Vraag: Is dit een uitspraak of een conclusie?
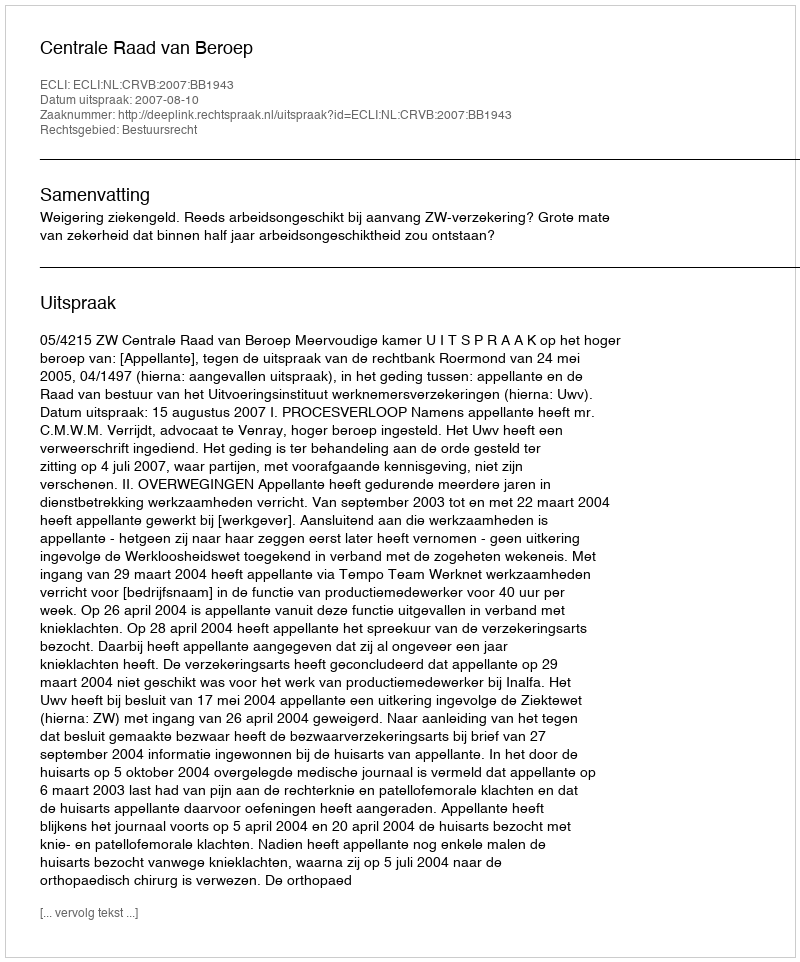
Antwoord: Uitspraak